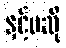
နှင့်မဆို